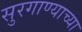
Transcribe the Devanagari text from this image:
सुरगाण्याच्या